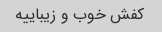
کفش خوب و زیباییه